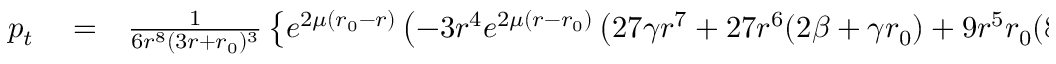
\begin{array} { r l r } { p _ { t } } & { { } = } & { \frac { 1 } { 6 r ^ { 8 } ( 3 r + { r _ { 0 } } ) ^ { 3 } } \left\lbrace e ^ { 2 \mu ( { r _ { 0 } } - r ) } \left( - 3 r ^ { 4 } e ^ { 2 \mu ( r - { r _ { 0 } } ) } \left( 2 7 \gamma r ^ { 7 } + 2 7 r ^ { 6 } ( 2 \beta + \gamma { r _ { 0 } } ) + 9 r ^ { 5 } { r _ { 0 } } ( 8 \beta + \gamma { r _ { 0 } } ) \right. \right. \right. } \end{array}